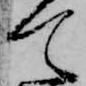
て